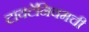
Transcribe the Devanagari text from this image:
टायटॅनियमची